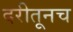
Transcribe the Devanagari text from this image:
दरीतूनच